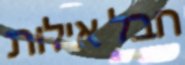
חבל אילות